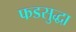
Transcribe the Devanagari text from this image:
फडसुद्धा